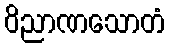
ဝိညာဏသောတံ